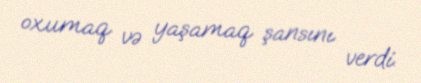
oxumaq və yaşamaq şansını verdi.